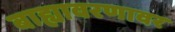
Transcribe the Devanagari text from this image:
बाह्यावरणावर